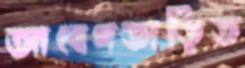
আবেগতাড়িত